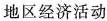
地区经济活动